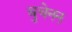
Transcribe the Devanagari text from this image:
बुचेनन